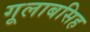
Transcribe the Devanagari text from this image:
गूलाबसिह